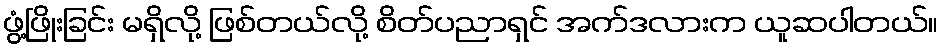
ဖွံ့ဖြိုးခြင်း မရှိလို့ ဖြစ်တယ်လို့ စိတ်ပညာရှင် အက်ဒလားက ယူဆပါတယ်။